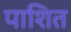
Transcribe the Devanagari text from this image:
पाशित